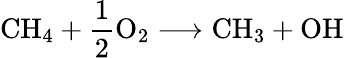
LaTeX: \mathrm{CH}_{4}+\frac{1}{2}\mathrm{O}_{2}\longrightarrow\mathrm{CH}_{3}+\mathrm{OH}